Source: Computer-generated
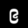
Digit: ၉ (9)